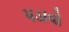
પડાવો